Regulations for the medical services of the Army of India
Year: 1930
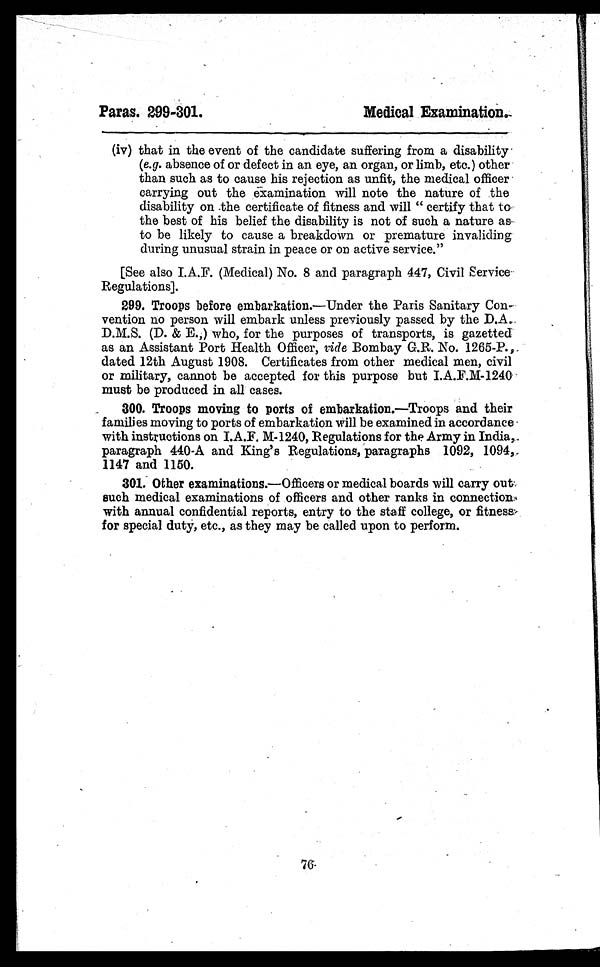
Paras. 299–301.
Medical Examination.
(iv) that in the event of the candidate suffering from a disability
(e.g. absence of or defect in an eye, an organ, or limb, etc.) other
than such as to cause his rejection as unfit, the medical officer
carrying out the examination will note the nature of the
disability on the certificate of fitness and will "certify that to
the best of his belief the disability is not of such a nature as
to be likely to cause a breakdown or premature invaliding
during unusual strain in peace or on active service."
[See also I.A.F. (Medical) No. 8 and paragraph 447, Civil Service
Regulations].
299. Troops before embarkation.—Under the Paris Sanitary Con-
-vention no person will embark unless previously passed by the D.A.
D.M.S. (D. & E.,) who, for the purposes of transports, is gazetted
as an Assistant Port Health Officer, ride Bombay G.R. No. 1265-P.,
dated 12th August 1908. Certificates from other medical men, civil
or military, cannot be accepted for this purpose but I.A.F.M-1240
must be produced in all cases.
300. Troops moving to ports of embarkation.—Troops and their
families moving to ports of embarkation will be examined in accordance
with instructions on I.A.F. M-1240, Regulations for the Army in India,
pa r a gr a ph 440–A a nd Ki ng' s Re gul a t i ons , pa r a gr a phs 1092, 1094,
1147 and 1150.
301. Other examinations.—Officers or medical boards will carry out
such medical examinations of officers and other ranks in connection
with annual confidential reports, entry to the staff college, or fitness
for special duty, etc., as they may be called upon to perform.
76